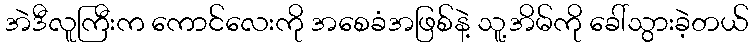
အဲဒီလူကြီးက ကောင်လေးကို အစေခံအဖြစ်နဲ့ သူ့အိမ်ကို ခေါ်သွားခဲ့တယ်